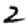
Digit: 2